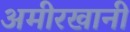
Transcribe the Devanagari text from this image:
अमीरखानी